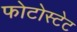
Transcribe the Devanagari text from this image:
फोटोस्टेट